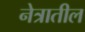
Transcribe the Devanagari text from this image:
नेत्रातील